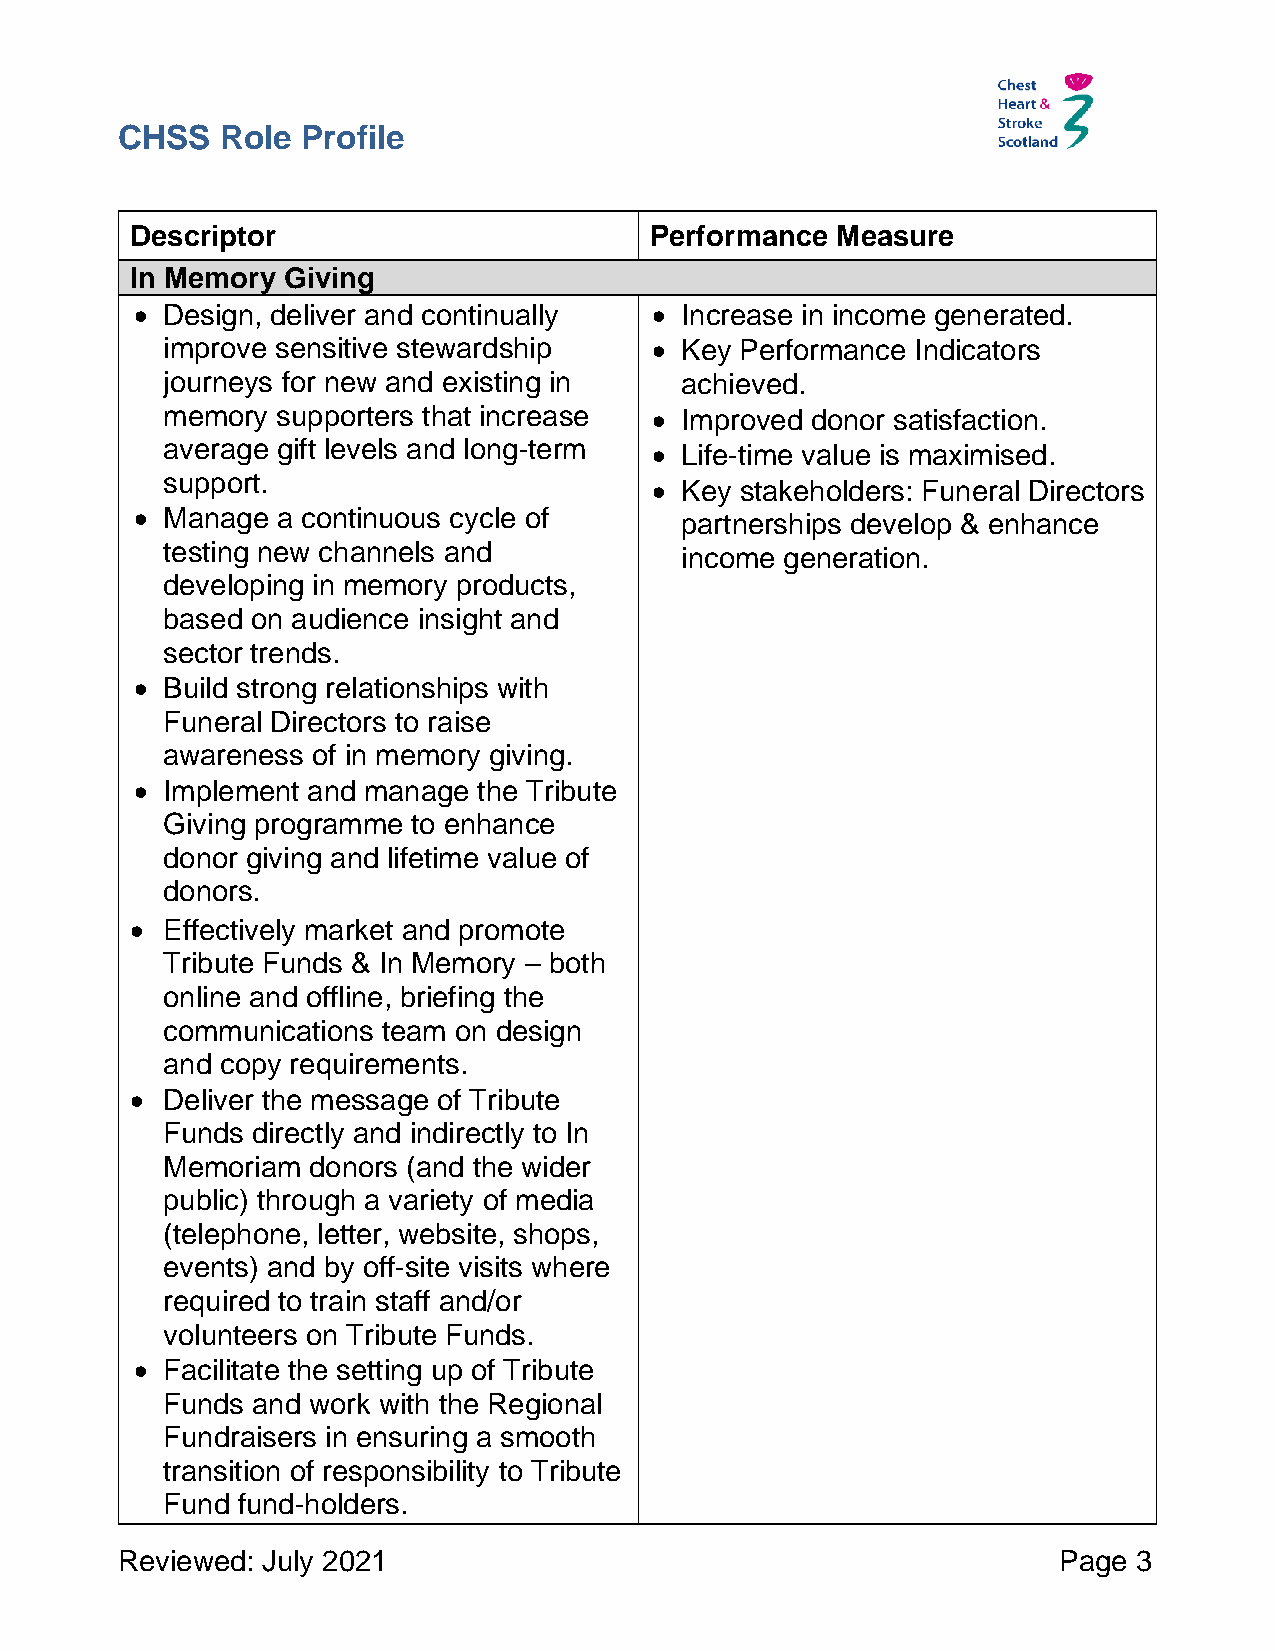
CHSS   Role Profile
 Descriptor                        Performance Measure
 In Memory Giving
 • Design, deliver and continually • Increase in income generated.
 improve sensitive stewardship   • Key Performance Indicators
 journeys for new and existing in  achieved.
 memory supporters that increase • Improved donor satisfaction.
 average gift levels and long-term • Life-time value is maximised.
 support.
 • Key stakeholders: Funeral Directors
 • Manage a continuous cycle of      partnerships develop & enhance
 testing new channels and          income generation.
 developing in memory products,
 based on audience insight and
 sector trends.
 • Build strong relationships with
 Funeral Directors to raise
 awareness of in memory giving.
 • Implement and manage the Tribute
 Giving programme to enhance
 donor giving and lifetime value of
 donors.
 • Effectively market and promote
 Tribute Funds & In Memory – both
 online and offline, briefing the
 communications team on design
 and copy requirements.
 • Deliver the message of Tribute
 Funds directly and indirectly to In
 Memoriam donors (and the wider
 public) through a variety of media
 (telephone, letter, website, shops,
 events) and by off-site visits where
 required to train staff and/or
 volunteers on Tribute Funds.
 • Facilitate the setting up of Tribute
 Funds and work with the Regional
 Fundraisers in ensuring a smooth
 transition of responsibility to Tribute
 Fund fund-holders.
 Reviewed: July 2021                                           Page 3